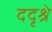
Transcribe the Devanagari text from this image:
ददृश्रे